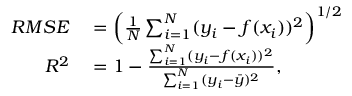
\begin{array} { r l } { R M S E } & { { } = \left( \frac { 1 } { N } \sum _ { i = 1 } ^ { N } ( y _ { i } - f ( x _ { i } ) ) ^ { 2 } \right) ^ { 1 / 2 } } \\ { R ^ { 2 } } & { { } = 1 - \frac { \sum _ { i = 1 } ^ { N } ( y _ { i } - f ( x _ { i } ) ) ^ { 2 } } { \sum _ { i = 1 } ^ { N } ( y _ { i } - \bar { y } ) ^ { 2 } } , } \end{array}